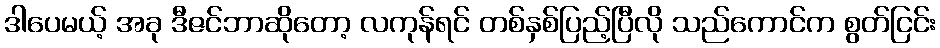
ဒါပေမယ့် အခု ဒီဇင်ဘာဆိုတော့ လကုန်ရင် တစ်နှစ်ပြည့်ပြီလို သည်ကောင်က စွတ်ငြင်း